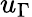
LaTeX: u_{\Gamma}